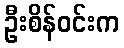
ဦးစိန်ဝင်းက